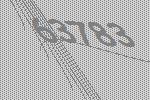
63783